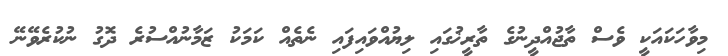
މިވާހަކައަކީ ވެސް ތާޖުއްދީނުގެ ތާރީޚުގައި ލިޔުއްވައިފައި ނެތެއް ކަމަކު ޒަމާނުއްސުރެ ދޮގު ނުކުރެވޭނޭ